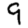
Digit: 9